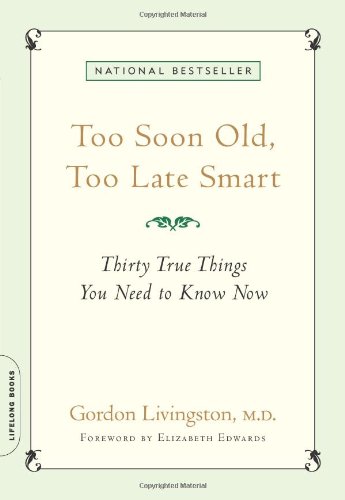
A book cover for Too Soon Old, Too Late Smart: Thirty True Things You Need to Know Now; Gordon Livingston; Politics & Social Sciences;